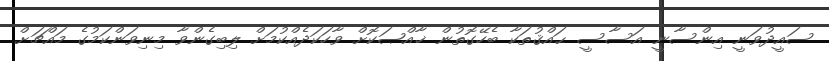
ސައީދުވަނީ އިންސާނީ އަސާސީ ޙައްޤުތަކާ ބެހޭގޮތުން ޚާއްޞަކޮށް ވާހަކަދެއްކުމަށް ލިބިގެންވާ މިނިވަންކަމުގެ މައްޗަށް